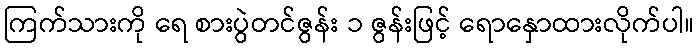
ကြက်သားကို ရေ စားပွဲတင်ဇွန်း ၁ ဇွန်းဖြင့် ရောနှောထားလိုက်ပါ။